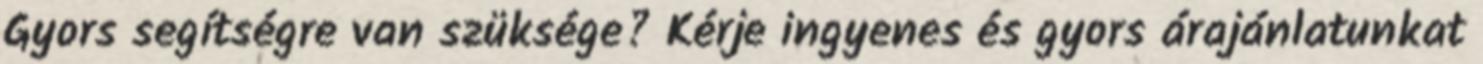
Gyors segítségre van szüksége? Kérje ingyenes és gyors árajánlatunkat